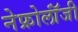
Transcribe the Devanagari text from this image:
नेफ्रोलॉंजी